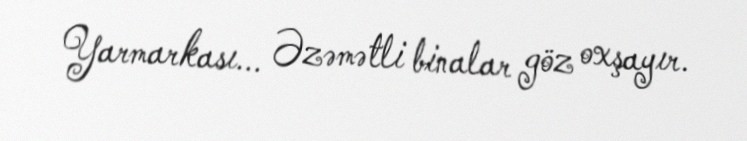
Yarmarkası... Əzəmətli binalar göz oxşayır.